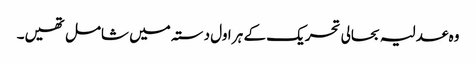
وہ عدلیہ بحالی تحریک کے ہر اول دستہ میں شامل تھیں۔